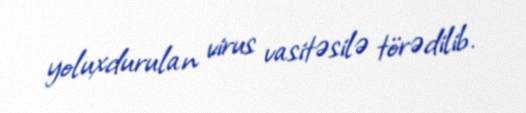
yoluxdurulan virus vasitəsilə törədilib.